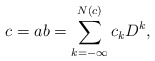
\begin{align*}c = ab = \sum_{k=-\infty}^{N(c)} c_k D^k, \end{align*}